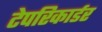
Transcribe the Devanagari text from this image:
टेपरिकार्डर